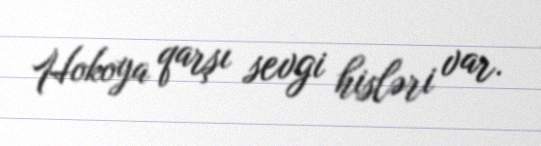
Hokoya qarşı sevgi hisləri var.